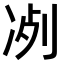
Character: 𠗗